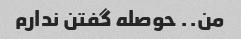
من.. حوصله گفتن ندارم